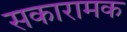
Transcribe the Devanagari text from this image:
सकारामक